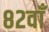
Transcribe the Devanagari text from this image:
८२वाँ